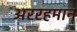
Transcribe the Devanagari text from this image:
अररहमान